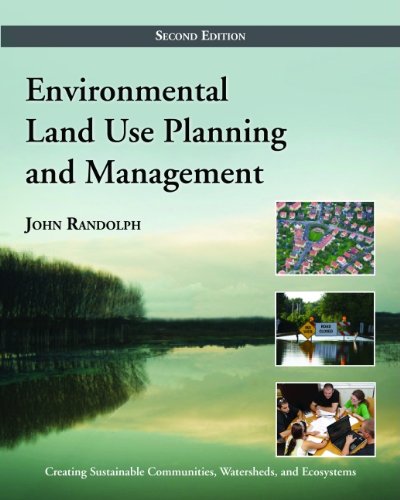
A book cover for Environmental Land Use Planning and Management: Second Edition; John Randolph PhD; Science & Math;